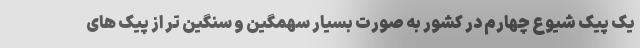
یک پیک شیوع چهارم در کشور به صورت بسیار سهمگین و سنگین تر از پیک های